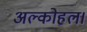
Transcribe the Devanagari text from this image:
अल्कोहल।